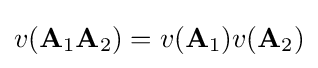
v(\mathbf {A} _{1}\mathbf {A} _{2})=v(\mathbf {A} _{1})v(\mathbf {A} _{2})